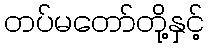
တပ်မတော်တို့နှင့်